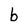
Character: b